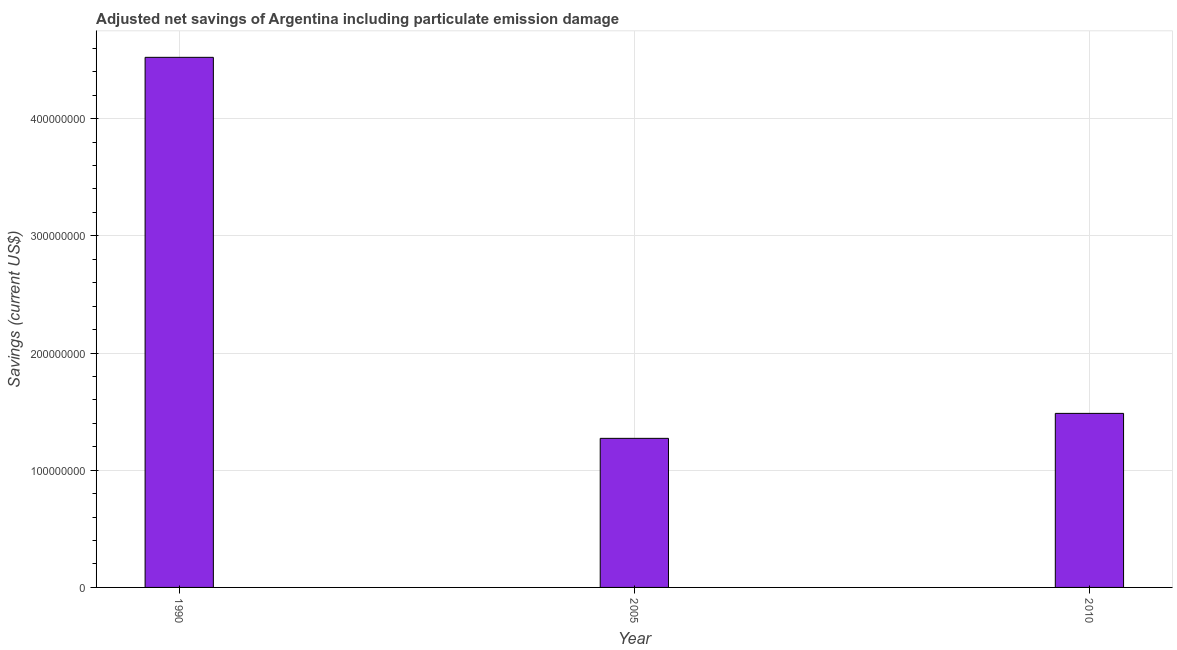
| Year | Adjusted savings: particulate emission damage (current US$) |
 | --- | --- |
 | 1990 | 4.52e+08 |
 | 2005 | 1.27e+08 |
 | 2010 | 1.49e+08 |